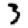
Digit: 3